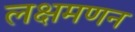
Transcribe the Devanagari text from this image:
लक्षमणन